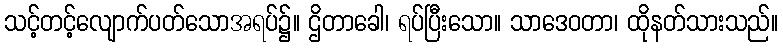
သင့်တင့်လျောက်ပတ်သောအရပ်၌။ ဌိတာခေါ၊ ရပ်ပြီးသော။ သာဒေဝတာ၊ ထိုနတ်သားသည်။